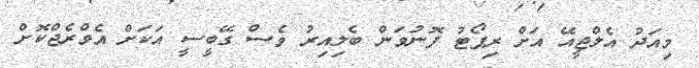
މިއަދު އެލްޖީއޭ އަށް ރިޕޯޓު ފޮނުވަން ބެލިއިރު ވެސް ގޭބީސީ އަކަށް އެވްރެޖްކޮށް